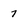
Character: 7